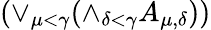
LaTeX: (\lor_{\mu<\gamma}{(\land_{\delta<\gamma}{A_{\mu,\delta}})})